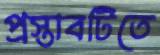
প্রস্তাবটিতে